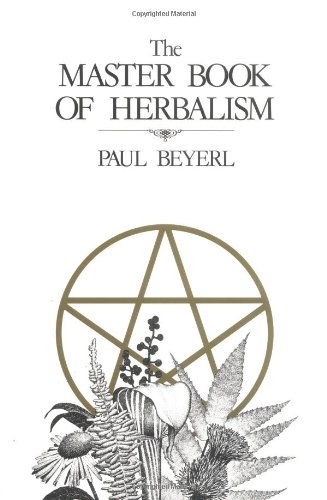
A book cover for The Master Book of Herbalism; Paul Beyerl; Health, Fitness & Dieting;